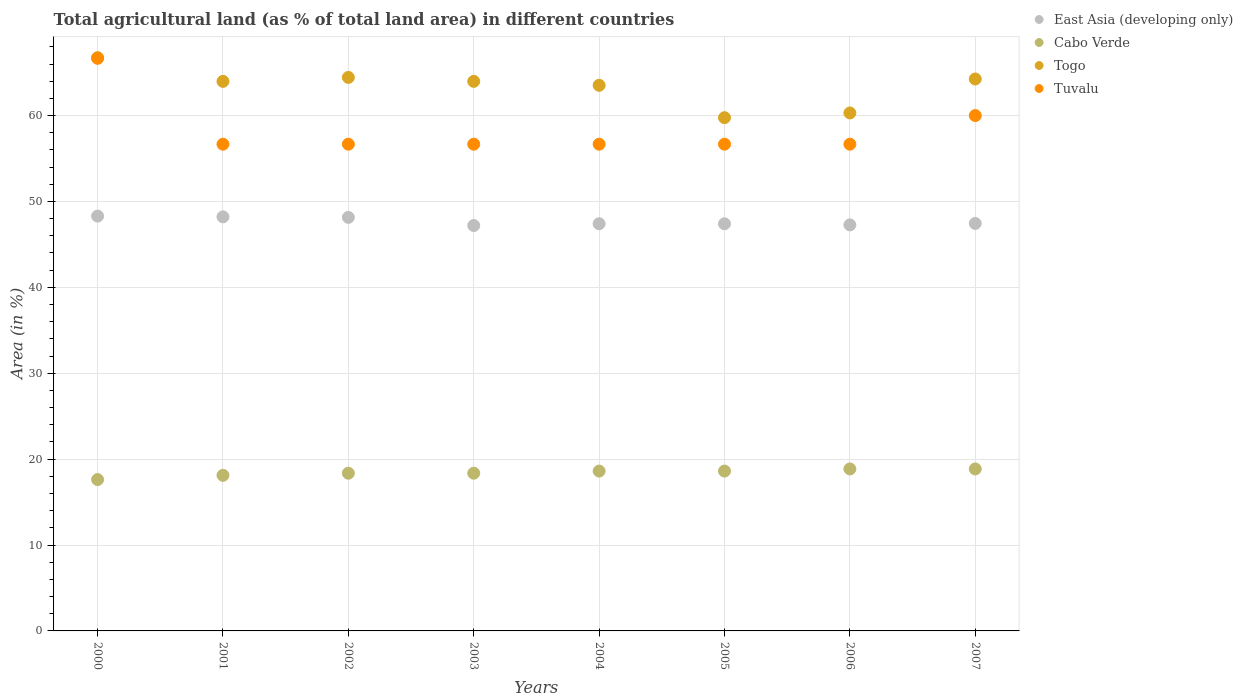
| Years | East Asia (developing only) | Cabo Verde | Togo | Tuvalu |
 | --- | --- | --- | --- | --- |
 | 2000 | 48.3 | 17.6 | 66.7 | 66.7 |
 | 2001 | 48.2 | 18.1 | 64 | 56.7 |
 | 2002 | 48.1 | 18.4 | 64.4 | 56.7 |
 | 2003 | 47.2 | 18.4 | 64 | 56.7 |
 | 2004 | 47.4 | 18.6 | 63.5 | 56.7 |
 | 2005 | 47.4 | 18.6 | 59.8 | 56.7 |
 | 2006 | 47.3 | 18.9 | 60.3 | 56.7 |
 | 2007 | 47.4 | 18.9 | 64.3 | 60 |